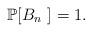
LaTeX: \begin{align*}\mathbb P[B_n \,\, ]=1.\end{align*}